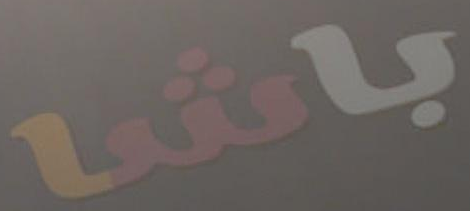
باشا